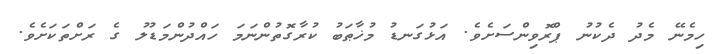
ހިމެނޭ މެދު ދެކުނު ޕްރޮވިންސަށެވެ. އަޅުގަނޑު މުޚާޠަބު ކުރާގޮތުންނަމަ ހައްދުންމަޑުލު ގެ ރަށްތަކަށެވެ.